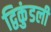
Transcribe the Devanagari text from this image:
द्विकुंडली